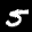
Label: 5